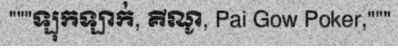
"""ឡុកឡាក់, គីណូ, Pai Gow Poker,"""